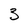
Character: 3